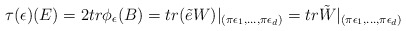
\begin{align*}\tau(\epsilon) (E) = 2tr \phi_{\epsilon}(B) = tr (\tilde e W) |_{(\pi \epsilon_{1}, \dots, \pi \epsilon_{d})} = tr \tilde W |_{(\pi \epsilon_{1}, \dots, \pi \epsilon_{d})}\end{align*}